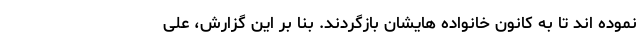
نموده اند تا به کانون خانواده هایشان بازگردند. بنا بر این گزارش، علی